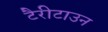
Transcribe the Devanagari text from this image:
टैरीटाउन